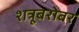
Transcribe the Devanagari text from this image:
शत्रूबरोबर